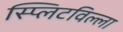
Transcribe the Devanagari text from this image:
स्प्लिटविल्ला